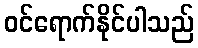
ဝင်ရောက်နိုင်ပါသည်